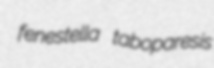
fenestella taboparesis